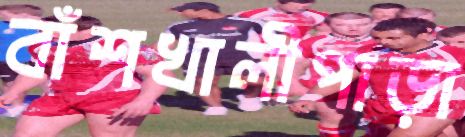
বাঁশখালীপাড়া